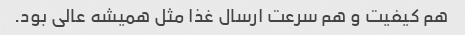
هم کیفیت و هم سرعت ارسال غذا مثل همیشه عالی بود.